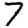
Digit: 7